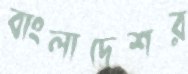
বাংলাদেশর